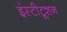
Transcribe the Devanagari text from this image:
इंस्टीटूशन